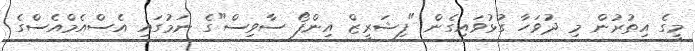
މީގެ އިތުރުން މި ދުވަހާ ގުޅުވައިގެން "ފިޝަރީޒް އިންފޯ ސާވިސް"ގެ ނަމުގައި އެސްއެމްއެސްގެ